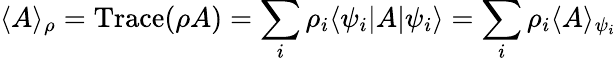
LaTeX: \langle A\rangle_{\rho}=\mathrm{Trace}(\rho A)=\sum_{i}\rho_{i}\langle\psi_{i}|A|\psi_{i}\rangle=\sum_{i}\rho_{i}\langle A\rangle_{\psi_{i}}